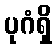
ပုဂံရှိ